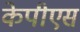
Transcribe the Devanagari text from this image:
केपीएस